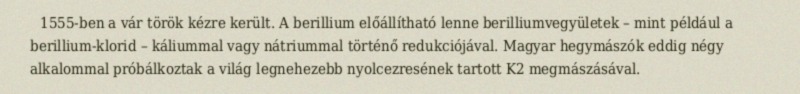
1555-ben a vár török kézre került. A berillium előállítható lenne berilliumvegyületek – mint például a berillium-klorid – káliummal vagy nátriummal történő redukciójával. Magyar hegymászók eddig négy alkalommal próbálkoztak a világ legnehezebb nyolcezresének tartott K2 megmászásával.